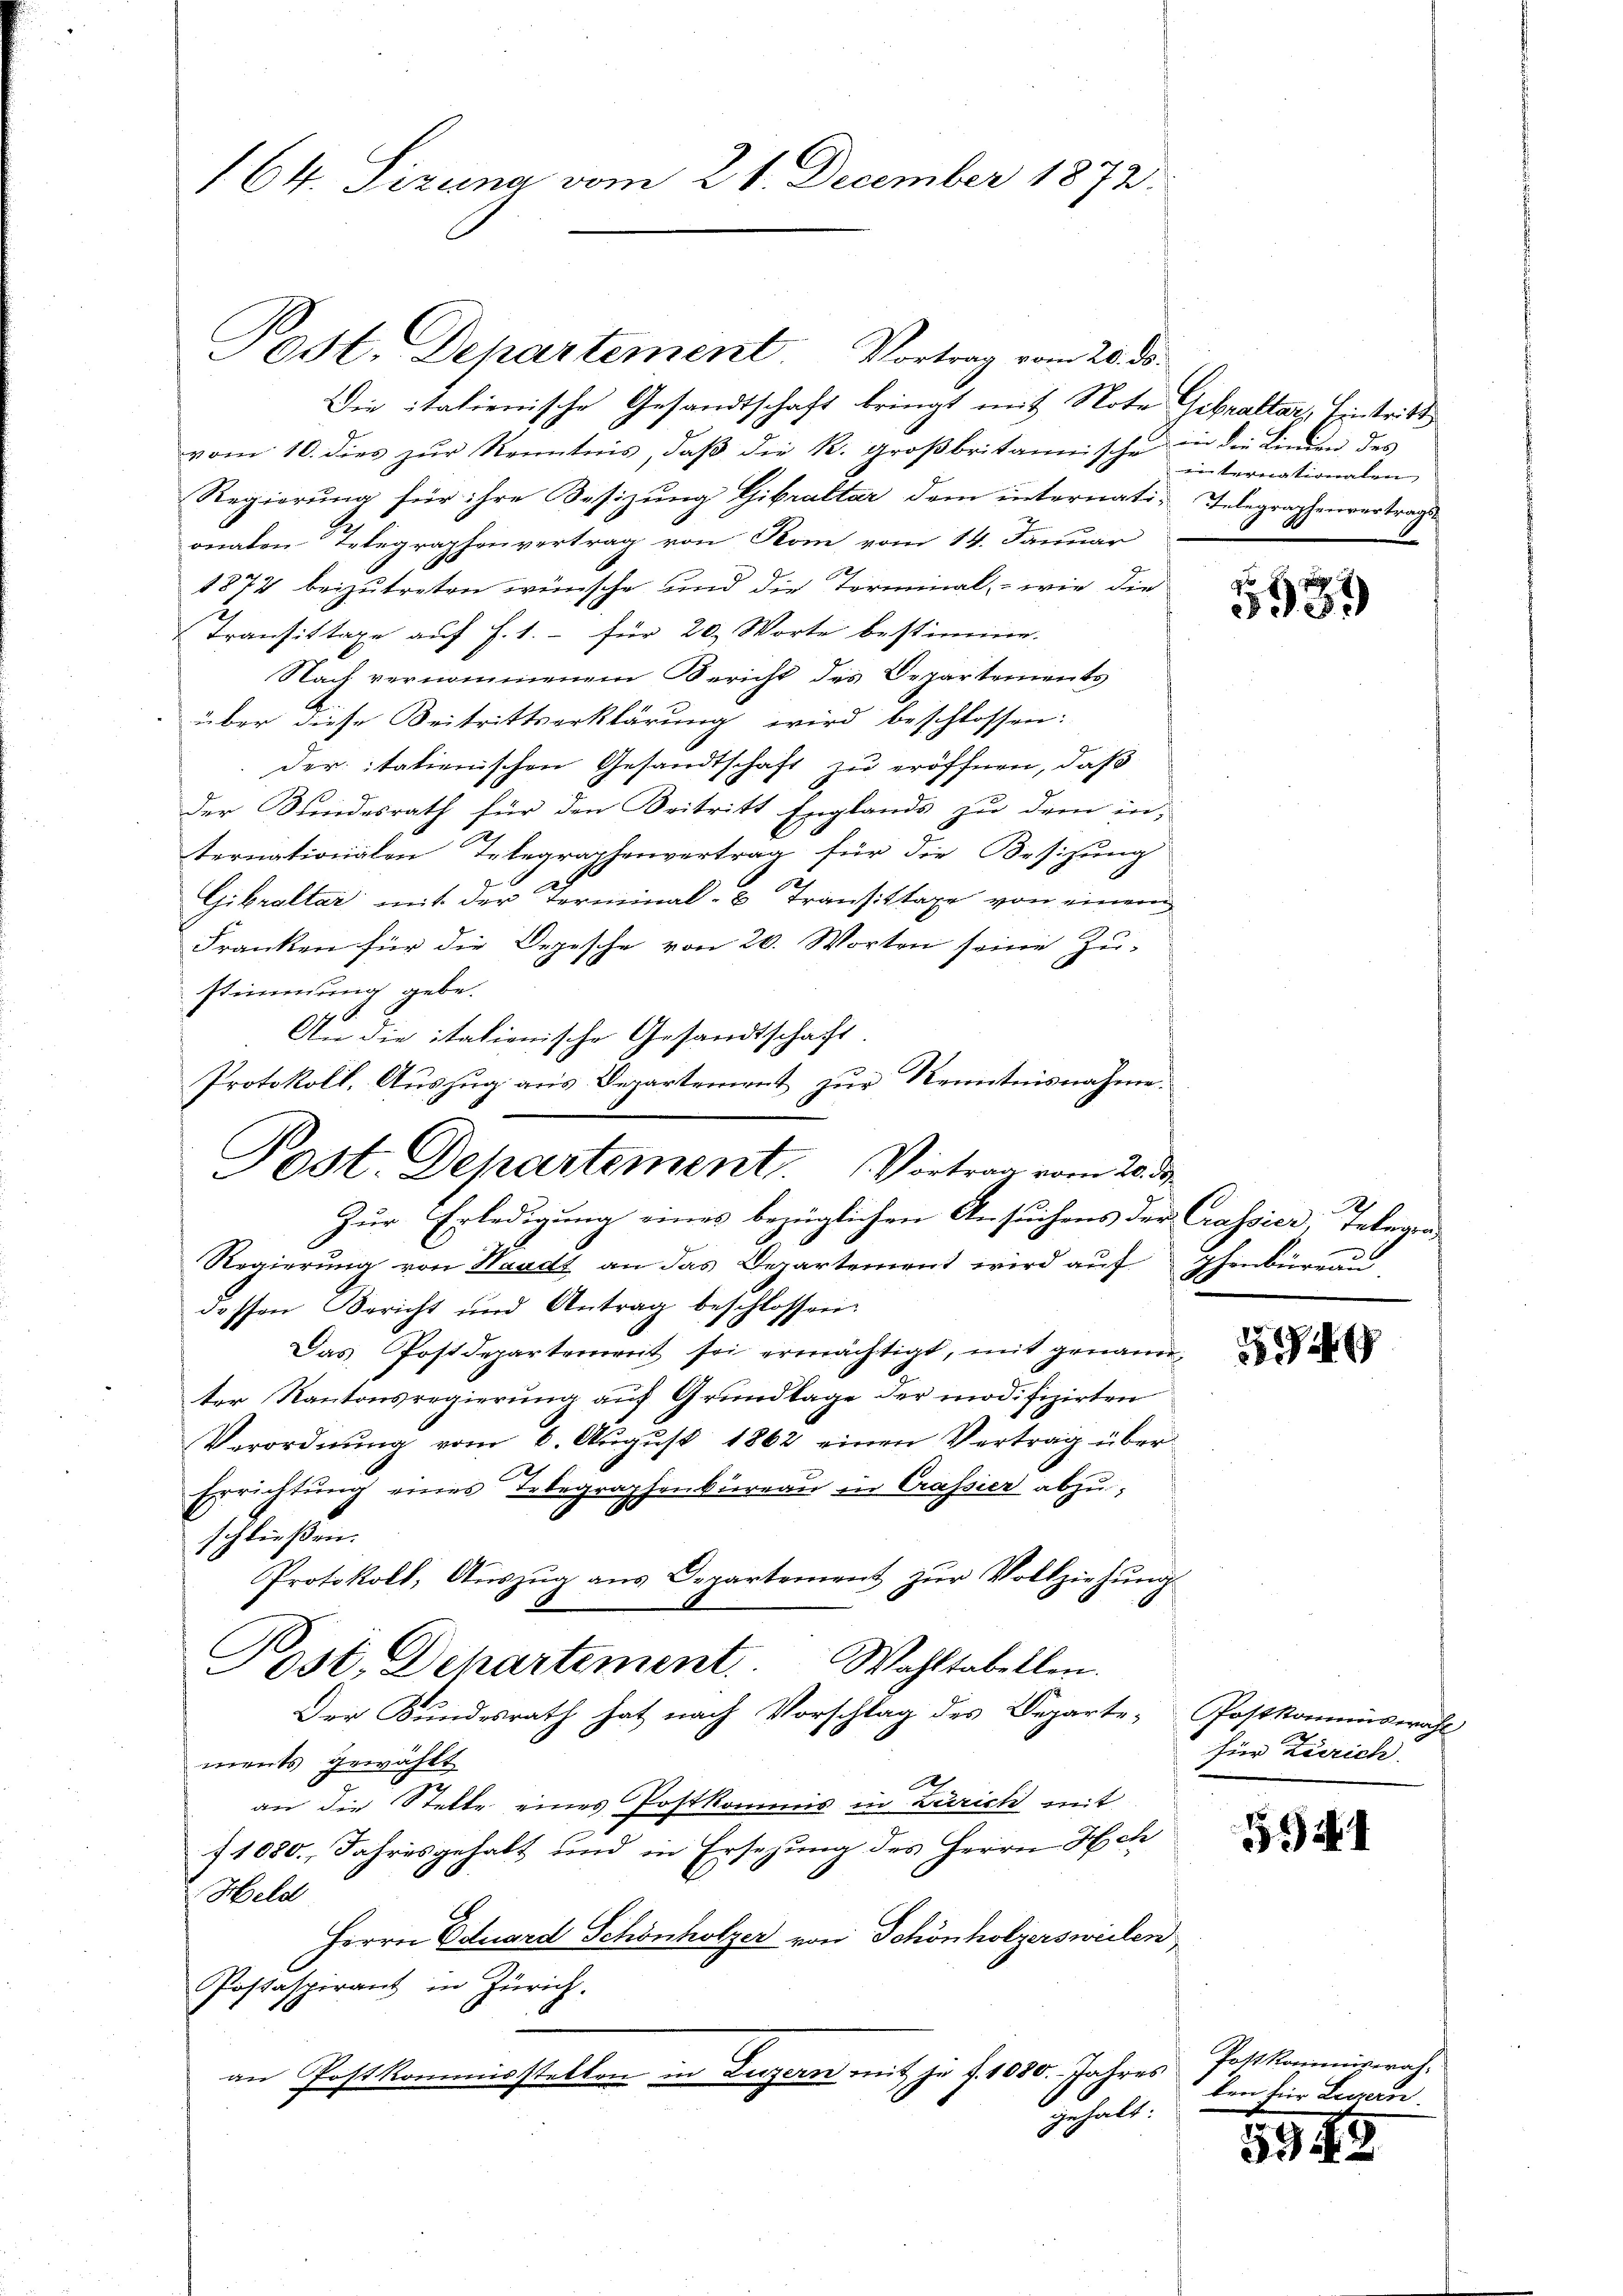
Post. Departement. Vortrag vom 20. ds.
Die italienische Gesandtschaft bringt mit Note Gebraltar, Eintritt
vom 10. dies zŭr Kenntnis, daβ die R. groβbritannische in die Linien des
Regierung für ihre Sesizung Gibraltar dem internati-Telegraphenvertrage
onaten Telegraphenvertrag von Rom vom 14. Januar
1874 beizutreten wünsche und die Terminal, wie die
2
Transittage aŭf f. 1.- für 20. Worte bestimme.
Nach vernommenem Bericht des Departements
über diese Beitrittserklärung wird beschlossen:
deritationischen Gesandtschaft zu eröffnen, daß
der Kundesrath für den Beitritt Englands zu dem in
ternationalen Telegraphenvertrag für die Besizung
Gibraltar mit der Terminal- & Transittage von einem
Franken für die Depesche von 20. Worten seine Zu-
stimmung gebe.
An die italienische Gesandtschaft.
Protokoll, Auszug aus Departement zur Kenntnisnahme.
Zur Erledigung eines bezüglichen Ansuchens der Crassier, Telegen
Regierŭng von Waadt an das Departement wird auf Ihenbüren
dessen Bericht und Antrag beschlossen:
Das Postdepartement sei ermächtigt, mit genannter Kantonsregierung auf Grundlage der modifizirten
Verordnung vom 6. Aŭgŭst 1862 einen Vertrag über
Errichtung eines Telegraphenbureau in Crassier abzuschließen.
Protokoll, Aŭszŭg ans Departement zŭr Vollziehŭng
Post. Departement. Wahltabellen.
Der Bundesrath hat nach Vorschlag des Departe Postkommiswahl
ments gewählt
A
an die Stelle eines Postkommis in Zürich mit
f1080., Jahresgehalt und in Ersehung des Herrn Hch
Held
Herrn Eduard Schönholzer von Schönholzersweilen
Postaspirant in Zürich.
an Postkommisstellen in Luzern mit je f. 1080. Jahres
gehabt.

164. Sizung vom 21. December 1872.

Post. Departement. Vortrag vom 20. d.

in terrationalen

d
2.8.
esi

2

für Zerrich

5944

Postkommiswah-
ken für Legern.

595